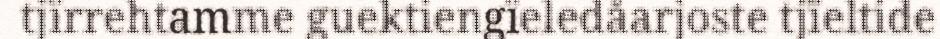
tjïrrehtamme guektiengïeledåarjoste tjïeltide